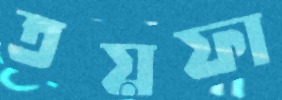
তয়ফা